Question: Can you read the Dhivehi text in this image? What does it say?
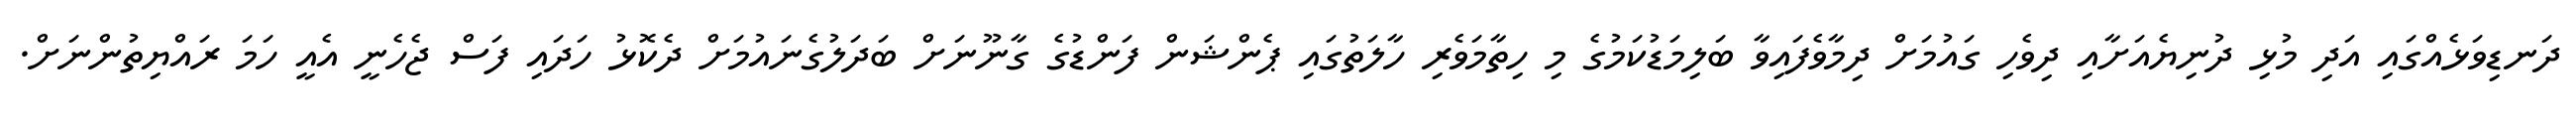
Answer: ދަނޑިވަޅެއްގައި އަދި މުޅި ދުނިޔެއަށާއި ދިވެހި ގައުމަށް ދިމާވެފައިވާ ބަލިމަޑުކަމުގެ މި ހިތާމަވެރި ހާލަތުގައި ޕެންޝަން ފަންޑުގެ ގާނޫނަށް ބަދަލުގެނައުމަށް ދެކޮޅު ހަދައި ފަސް ޖެހެނީ އެއީ ހަމަ ރައްޔިތުންނަށް.